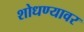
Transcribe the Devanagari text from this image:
शोधण्यावर